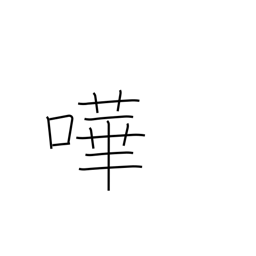
Meaning: noisy